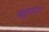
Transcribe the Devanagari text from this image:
बहुप्राय